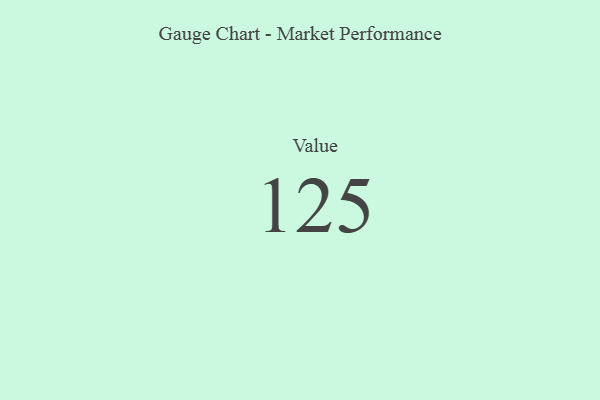
{"axis": {"x": "Metric", "y": "Value"}, "legend": [""], "data": [{"x": "Value", "y": 125, "type": ""}]}